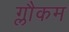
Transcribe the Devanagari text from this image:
ग्लौकम